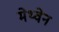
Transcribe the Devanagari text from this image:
मेथ्वेन